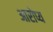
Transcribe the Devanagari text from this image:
आरोप्य